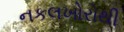
નકલખોરોથી